Leprosy in India: report of the Leprosy Commission in India, 1890-91
Year: 1890
Disease focus: Leprosy
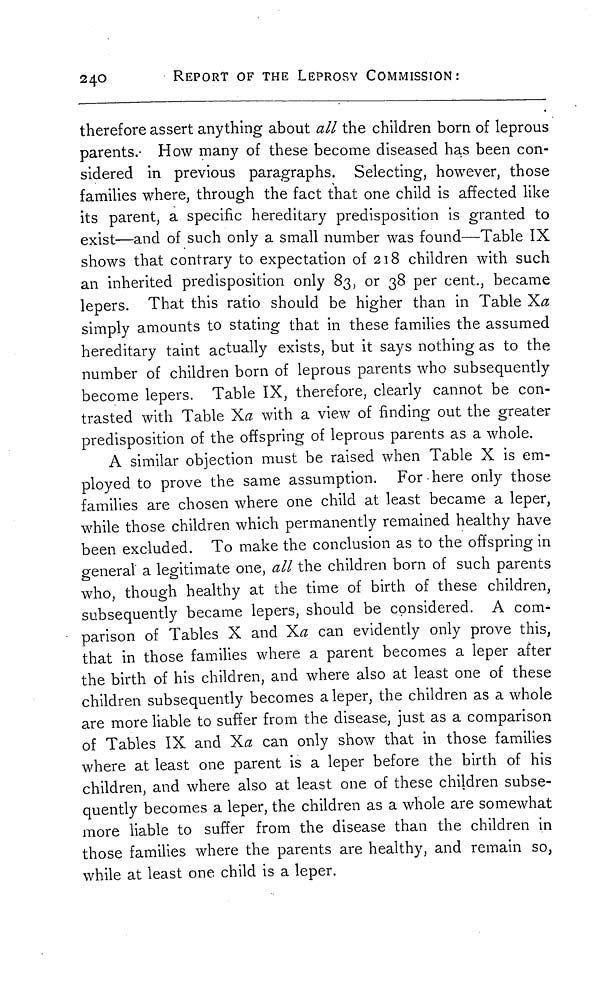
240
REPORT OF THE LEPROSY COMMISSION:
therefore assert anything about all the children born of leprous
parents. How many of these become diseased has been con-
sidered in previous paragraphs. Selecting, however, those
families where, through the fact that one child is affected like
its parent, a specific hereditary predisposition is granted to
exist—and of such only a small number was found—Table IX
shows that contrary to expectation of 218 children with such
an inherited predisposition only 83, or 38 per cent., became
lepers. That this ratio should be higher than in Table Xa
simply amounts to stating that in these families the assumed
hereditary taint actually exists, but it says nothing as to the
number of children born of leprous parents who subsequently
become lepers. Table IX, therefore, clearly cannot be con-
trasted with Table Xa with a view of finding out the greater
predisposition of the offspring of leprous parents as a whole.
A similar objection must be raised when Table X is em-
ployed to prove the same assumption. For here only those
families are chosen where one child at least became a leper,
while those children which permanently remained healthy have
been excluded. To make the conclusion as to the offspring in
general a legitimate one, all the children born of such parents
who, though healthy at the time of birth of these children,
subsequently became lepers, should be considered. A com-
parison of Tables X and Xa can evidently only prove this,
that in those families where a parent becomes a leper after
the birth of his children, and where also at least one of these
children subsequently becomes a leper, the children as a whole
are more liable to suffer from the disease, just as a comparison
of Tables IX and Xa can only show that in those families
where at least one parent is a leper before the birth of his
children, and where also at least one of these children subse-
quently becomes a leper, the children as a whole are somewhat
more liable to suffer from the disease than the children in
those families where the parents are healthy, and remain so,
while at least one child is a leper.